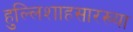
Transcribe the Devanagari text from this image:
हुल्लिशाहसारख्या